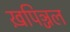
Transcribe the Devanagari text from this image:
ख़पिञ्जल